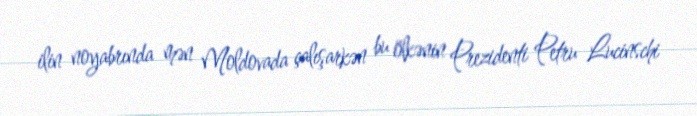
ilin noyabrında mən Moldovada çalışarkən bu ölkənin Prezidenti Petru Lucinschi